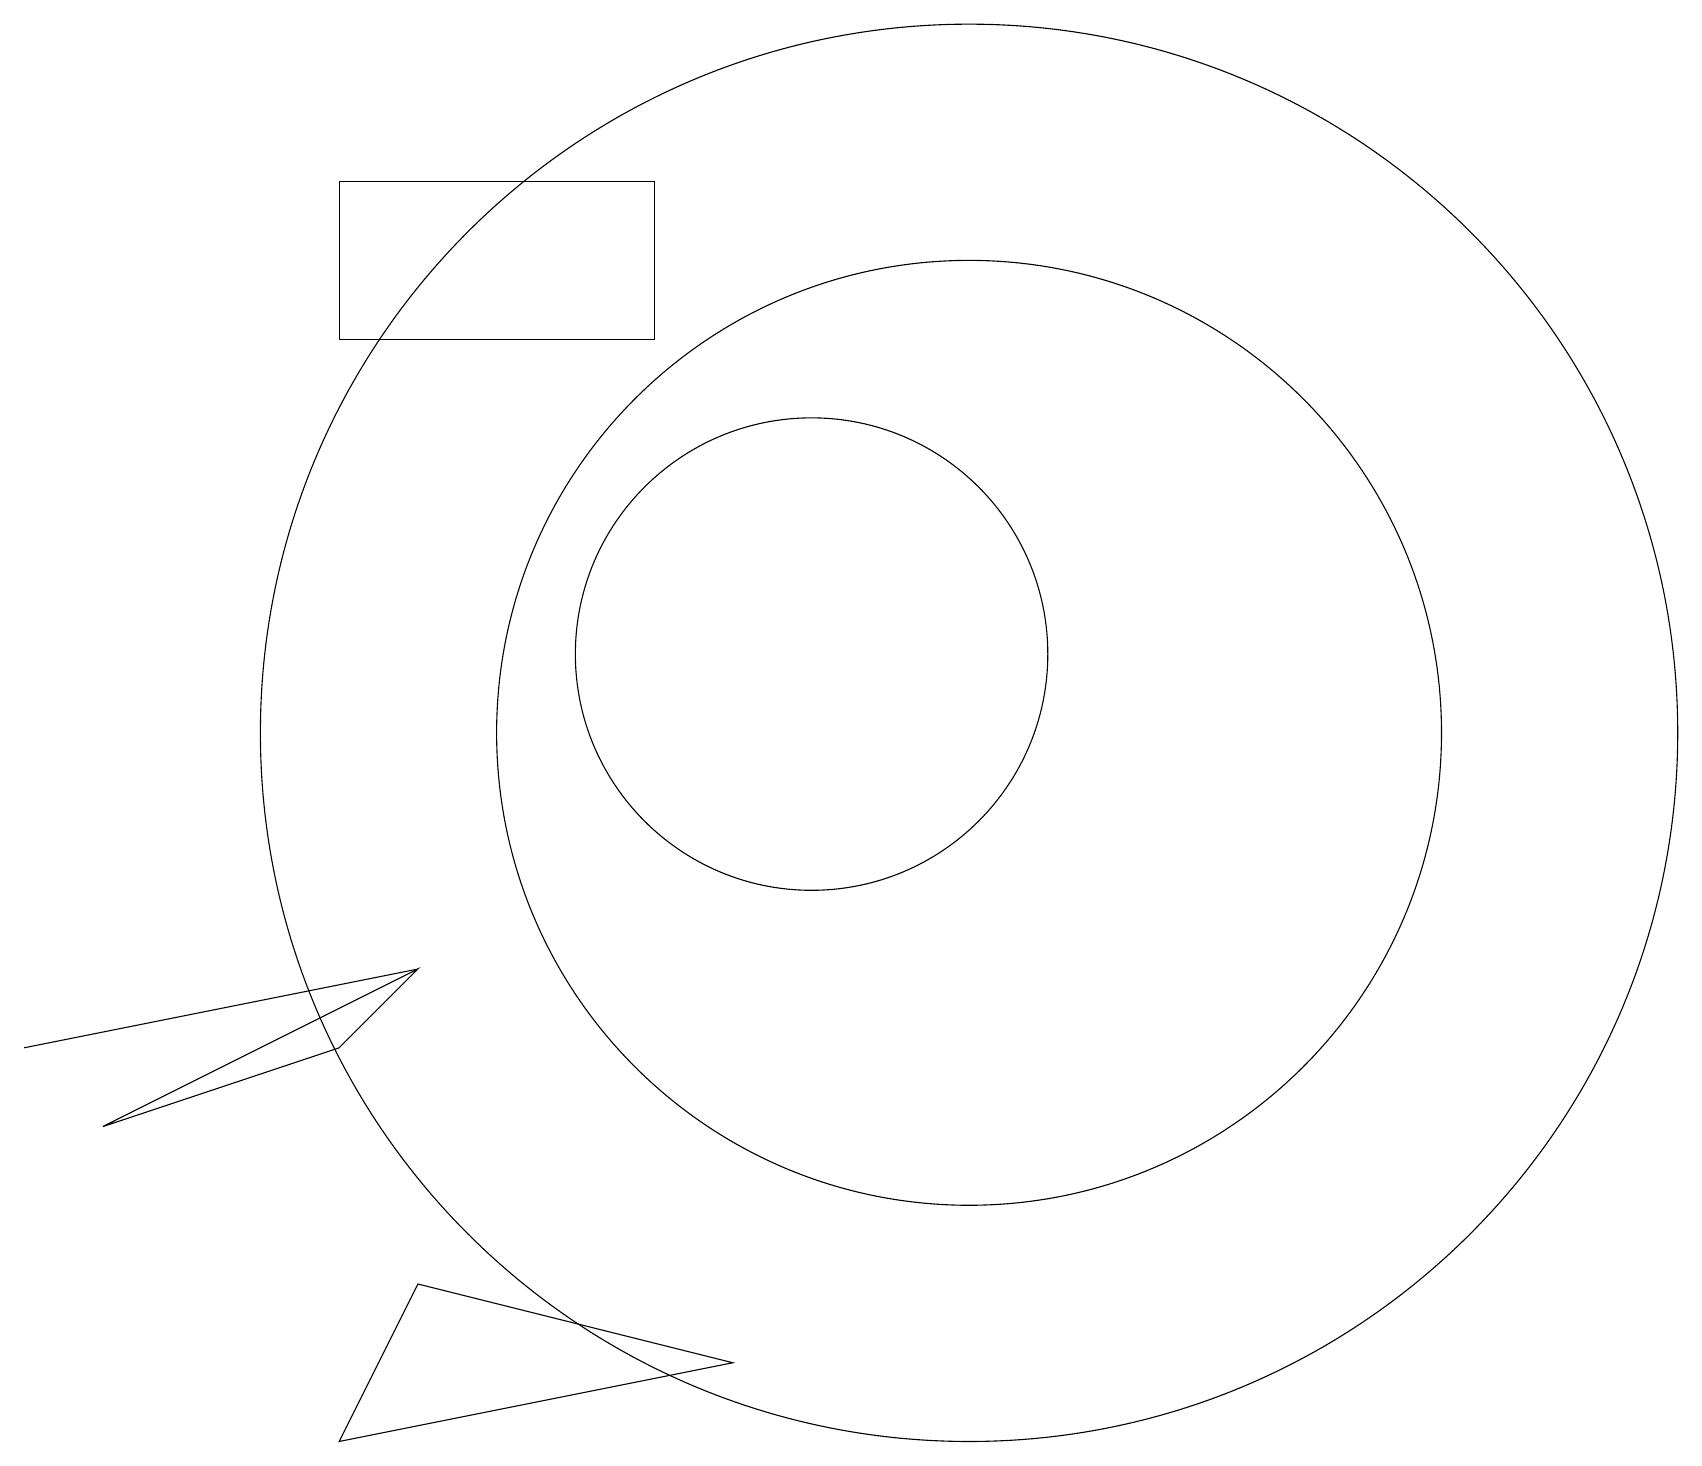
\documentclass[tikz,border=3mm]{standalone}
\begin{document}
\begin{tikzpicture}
\draw (0,6) -- (5,7) -- (0,6) -- cycle;
\draw (12,10) circle (6);
\draw (10,11) circle (3);
\draw (5,3) -- (9,2) -- (4,1) -- cycle;
\draw (4,15) rectangle (8,17);
\draw (11,10) circle (0);
\draw (12,10) circle (9);
\draw (5,7) -- (1,5) -- (4,6) -- cycle;
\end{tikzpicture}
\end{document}